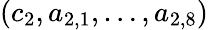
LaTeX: (c_{2},a_{2,1},\dotsc,a_{2,8})